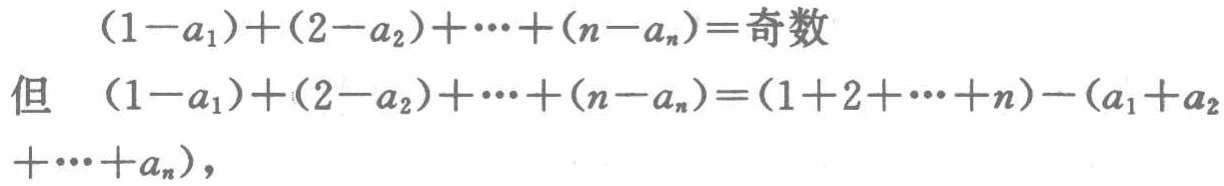
\((1 - a_1)+(2 - a_2)+\cdots+(n - a_n)=\text{奇数}\)

但 \((1 - a_1)+(2 - a_2)+\cdots+(n - a_n)=(1 + 2+\cdots + n)-(a_1 + a_2+\cdots + a_n)\)，